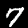
Digit: 7